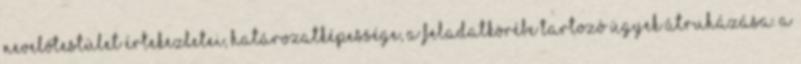
nevelőtestület értekezletei, határozatképessége, a feladatkörébe tartozó ügyek átruházása. A